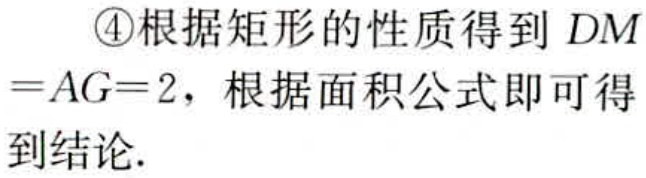
\textcircled{4}根据矩形的性质得到 \(DM = AG = 2\)，根据面积公式即可得到结论.